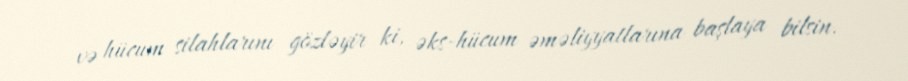
və hücum silahlarını gözləyir ki, əks-hücum əməliyyatlarına başlaya bilsin.